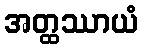
အတ္ထဿာယံ